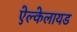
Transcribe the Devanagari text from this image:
ऐल्केलायड